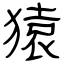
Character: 猿